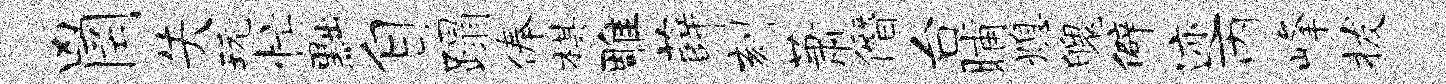
凶罔失玩忙黜自蹋俸棋雕薛刻萧僭台晡熄魄僻迹丙峰拔